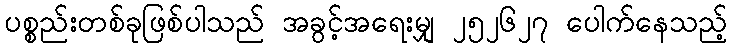
ပစ္စည်းတစ်ခုဖြစ်ပါသည် အခွင့်အရေးမျှ ၂၅၂၆၂၇ ပေါက်နေသည့်